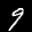
Label: 9